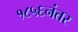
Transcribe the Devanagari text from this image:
१८५६नंतर